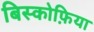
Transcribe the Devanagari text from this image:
बिस्कोफ़िया